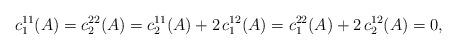
LaTeX: \begin{align*}c_1^{11}(A)=c_2^{22}(A)=c_2^{11}(A)+2\,c_1^{12}(A)=c_1^{22}(A)+2\,c_2^{12}(A)=0,\end{align*}